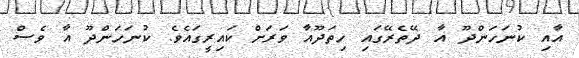
އާއި ކުނަހަންދޫ އާ ދޭތެރޭގައި ހިތަދޫއާ ވަރަށް ކައިރީގައެވެ. ކުނަހަންދޫ އާ ވެސް